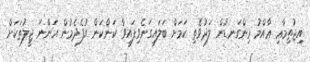
އިޖުތިމާޢި ޢާއްމު މިންގަނޑުން ލަދުވެތި ކަމަށް ބަލައިގަނެވިފައިވާ ކަންކަން އުފެދެމުން އަންނަ ޖީލުތަކަށް